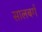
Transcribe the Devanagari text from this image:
सालबर्ग